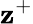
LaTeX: \mathbf{z}^{+}